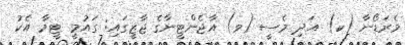
މެރަޑޯނާ (ކ) އަދި މެސީ (ވ) އާޖެންޓީނާގެ ޖާޒީގައި: ގައުމީ ޓީމާ އެކު